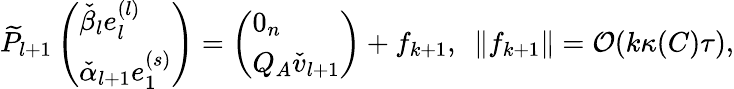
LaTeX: \widetilde{P}_{l+1}\left(\begin{array}{l}{\check{\beta}_{l}e_{l}^{(l)}}\\ {\check{\alpha}_{l+1}e_{1}^{(s)}}\end{array}\right)=\left(\begin{array}{l}{0_{n}}\\ {Q_{A}\check{v}_{l+1}}\end{array}\right)+f_{k+1},\ \ \| f_{k+1}\| =\mathcal{O}(k\kappa(C)\tau),